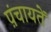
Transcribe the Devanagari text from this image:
प़ंचायतें